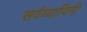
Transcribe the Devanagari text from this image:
सर्वव्यापिनी